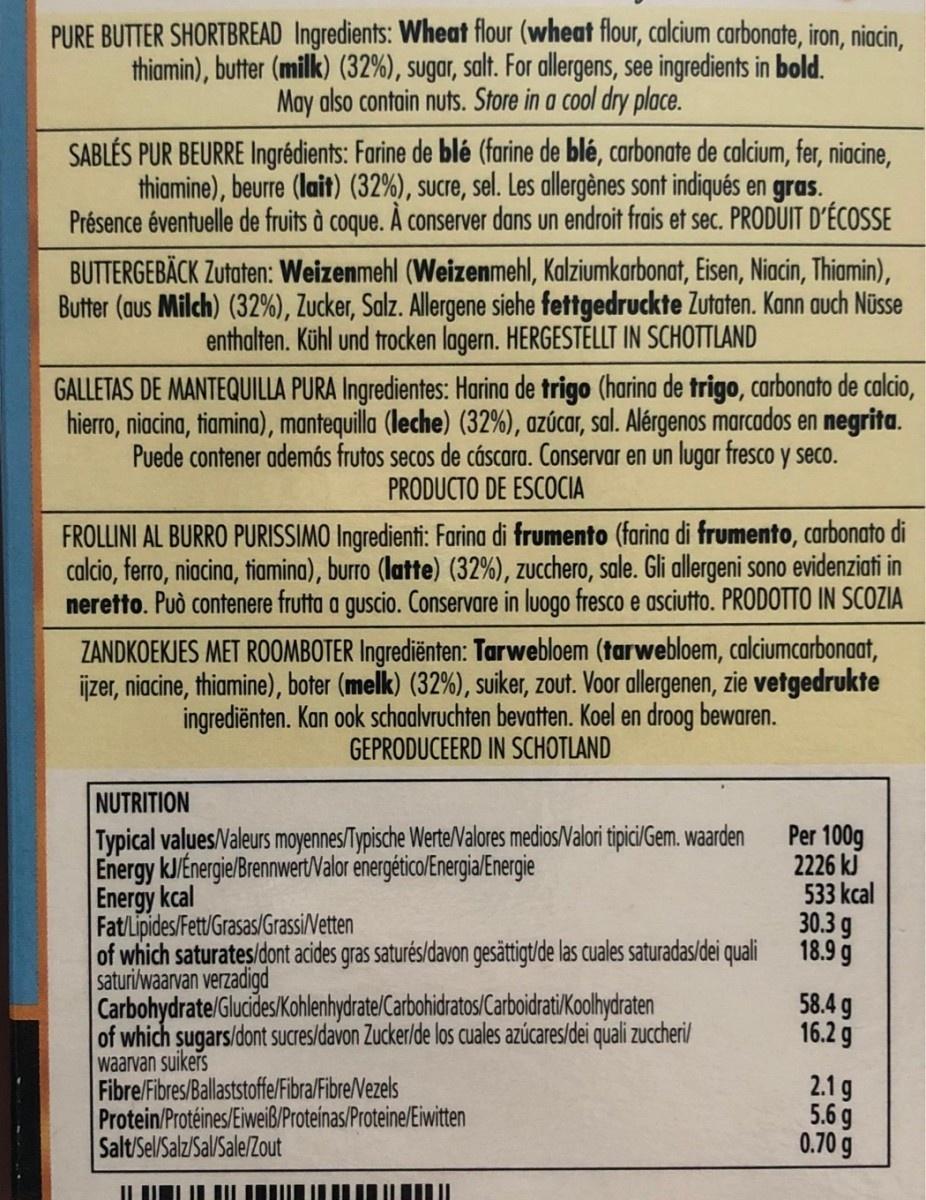
PURE BUTTER SHORTBREAD Ingredients: Wheat flour (wheat flour, calcium carbonate, iron, niacin, thiamin), butter (milk) (32%), sugar, salt. For allergens, see ingredients in bold. May also contain nuts. Store in a cool dry place. SABLÉS PUR BEURRE Ingrédients: Farine de blé (farine de blé, carbonate de calcium, fer, niacine, thiamine), beurre (lait) (32%), sucre, sel. Les allergènes sont indiqués en gras. Présence éventuelle de fruits à coque. Á conserver dans un endroit frais et sec. PRODUIT D'ÉCOSSE BUTTERGEBÄCK Zutaten: Weizenmehl (Weizenmehl, Kalziumkarbonat, Eisen, Niacin, Thiamin), Butter (aus Milch) (32%), Zucker, Salz. Allergene siehe fettgedruckte Zutaten. Kann auch Nüsse enthalten. Kühl und trocken lagern. HERGESTĒLLT IN SCHOTTLAND GALLETAS DE MANTEQUILLA PURA Ingredientes: Harina de trigo (harina de trigo, carbonato de calcio, hierro, niacina, tiamina), mantequilla (leche) (32%), azúcar, sal. Alérgenos marcados en negrita. Puede contener además frutos secos de cáscara. Conservar en un lugar fresco y seco. PRODUCTO DE ESCOCIA FROLLINI AL BURRO PURISSIMO Ingredienti: Farina di frumento (farina di frumento, carbonato di calcio, ferro, niacina, tiamina), burro (latte) (32%), zucchero, sale. Gli allergeni sono evidenziati in neretto. Può contenere frutta a guscio. Conservare in luogo fresco e asciutto. PRODOTTO IN SCOZIA ZANDKOEKJES MET ROOMBOTER Ingrediënten: Tarwebloem (tarwebloem, calciumcarbonaat, ijzer, niacine, thiamine), boter (melk) (32%), suiker, zout. Voor allergenen, zie vetgedrukte ingrediënten. Kan ook schaalvruchten bevatten. Koel en droog bewaren. GEPRODUCEERD IN SCHOTLAND NUTRITION Typical valuesNaleurs moyennes/Typische Werte/Valores medios/Valori tipici/Gem. waarden Energy kJ/Energie/Brennwert/Valor energético/Energia/Energie Energy kcal Fat/Lipides/Fett/Grasas/Grassi/Vetten of which saturates/dont acides gras saturés/davon gesättigt/de las cuales saturadas/dei quali saturi/waarvan verzadigd Carbohydrate/Glucides/Kohlenhydrate/Carbohidratos/CarboidrtiKoolhydraten of which sugars/dont sucres/davon Zucker/de los cuales azúcares/dei quali zuccheri/ waarvan suikers Fibre/Fibres/Ballaststoffe/Fibra/Fibre/Nezels Protein/Protéines/Eiweiß/Proteinas/Proteine/Eiwitten Salt/Sel/Salz/Sal/Sale/Zout Per 100g 2226 kJ 533 kcal 30.3 g 18.9 g 58.4 g 16.2 g 2.1 g 5.6 g 0.70 g